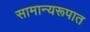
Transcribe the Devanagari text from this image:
सामान्यरूपात